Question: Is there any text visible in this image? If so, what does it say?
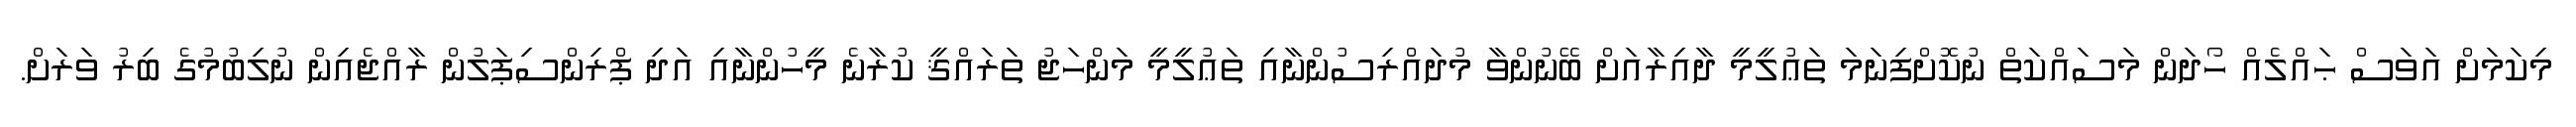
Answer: މިކަމަށް އަވަސް ޙައްލެއް ހޯދަން މަސައްކަތް ނުކޮށްފިނަމަ ތަޢުލީމީ ދާއިރާއަށް ބޭނުންވާ މުދައްރިސުންނާއި ތަޢުލީމީ މަންހަޖު ތަރައްޤީ ކުރާނެ މީހުންނާއި އަދި ޕްރިންސިޕަލުން ރާއްޖެއިން ނުލިބުމުގެ ބިރު ވަރަށް.